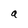
Character: a